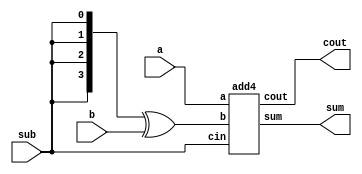
module top_module(
    input [3:0] a,
    input [3:0] b,
    input sub,
  output  [3:0] sum,
  output cout
);

  wire[3:0]b_xor;
  
  assign b_xor={4{sub}}^b;
      
  add4 inst1 (a,b_xor,sub,sum,cout);
    
endmodule

module add1(input a,b,cin, output sum,cout);
  assign sum=a^b^cin;
  assign cout=a&b|b&cin|cin&a;
endmodule

module add4 ( input[3:0]a, b ,input cin,output [3:0]sum, output cout);
wire cout0,cout1,cout2;
  
  add1 a0(a[0],b[0],cin ,sum[0],cout0);
  add1 a1(a[1],b[1],cout0,sum[1],cout1);
  add1 a2(a[2],b[2],cout1,sum[2],cout2);
  add1 a3(a[3],b[3],cout2,sum[3],cout3);
endmodule